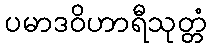
ပမာဒဝိဟာရီသုတ္တံ